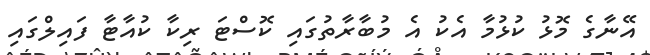
އޭނާގެ މޮޅު ކުޅުމާ އެކު އެ މުބާރާތުގައި ކޮސްޓަ ރިކާ ކުއާޓާ ފައިލްގައި